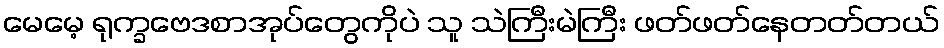
မေမေ့ ရုက္ခဗေဒစာအုပ်တွေကိုပဲ သူ သဲကြီးမဲကြီး ဖတ်ဖတ်နေတတ်တယ်